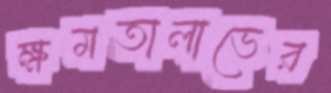
ক্ষমতালাভের